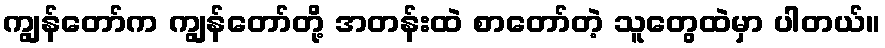
ကျွန်တော်က ကျွန်တော်တို့ အတန်းထဲ စာတော်တဲ့ သူတွေထဲမှာ ပါတယ်။